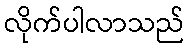
လိုက်ပါလာသည်